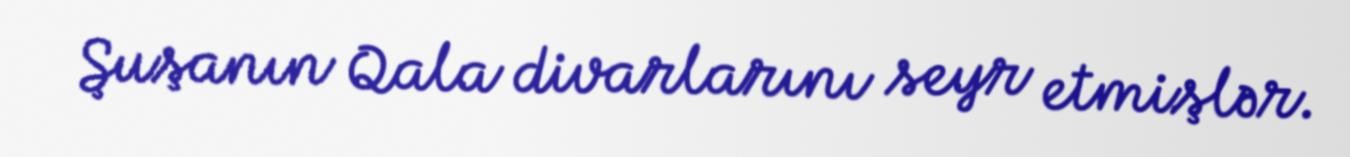
Şuşanın Qala divarlarını seyr etmişlər.